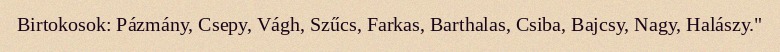
Birtokosok: Pázmány, Csepy, Vágh, Szűcs, Farkas, Barthalas, Csiba, Bajcsy, Nagy, Halászy."